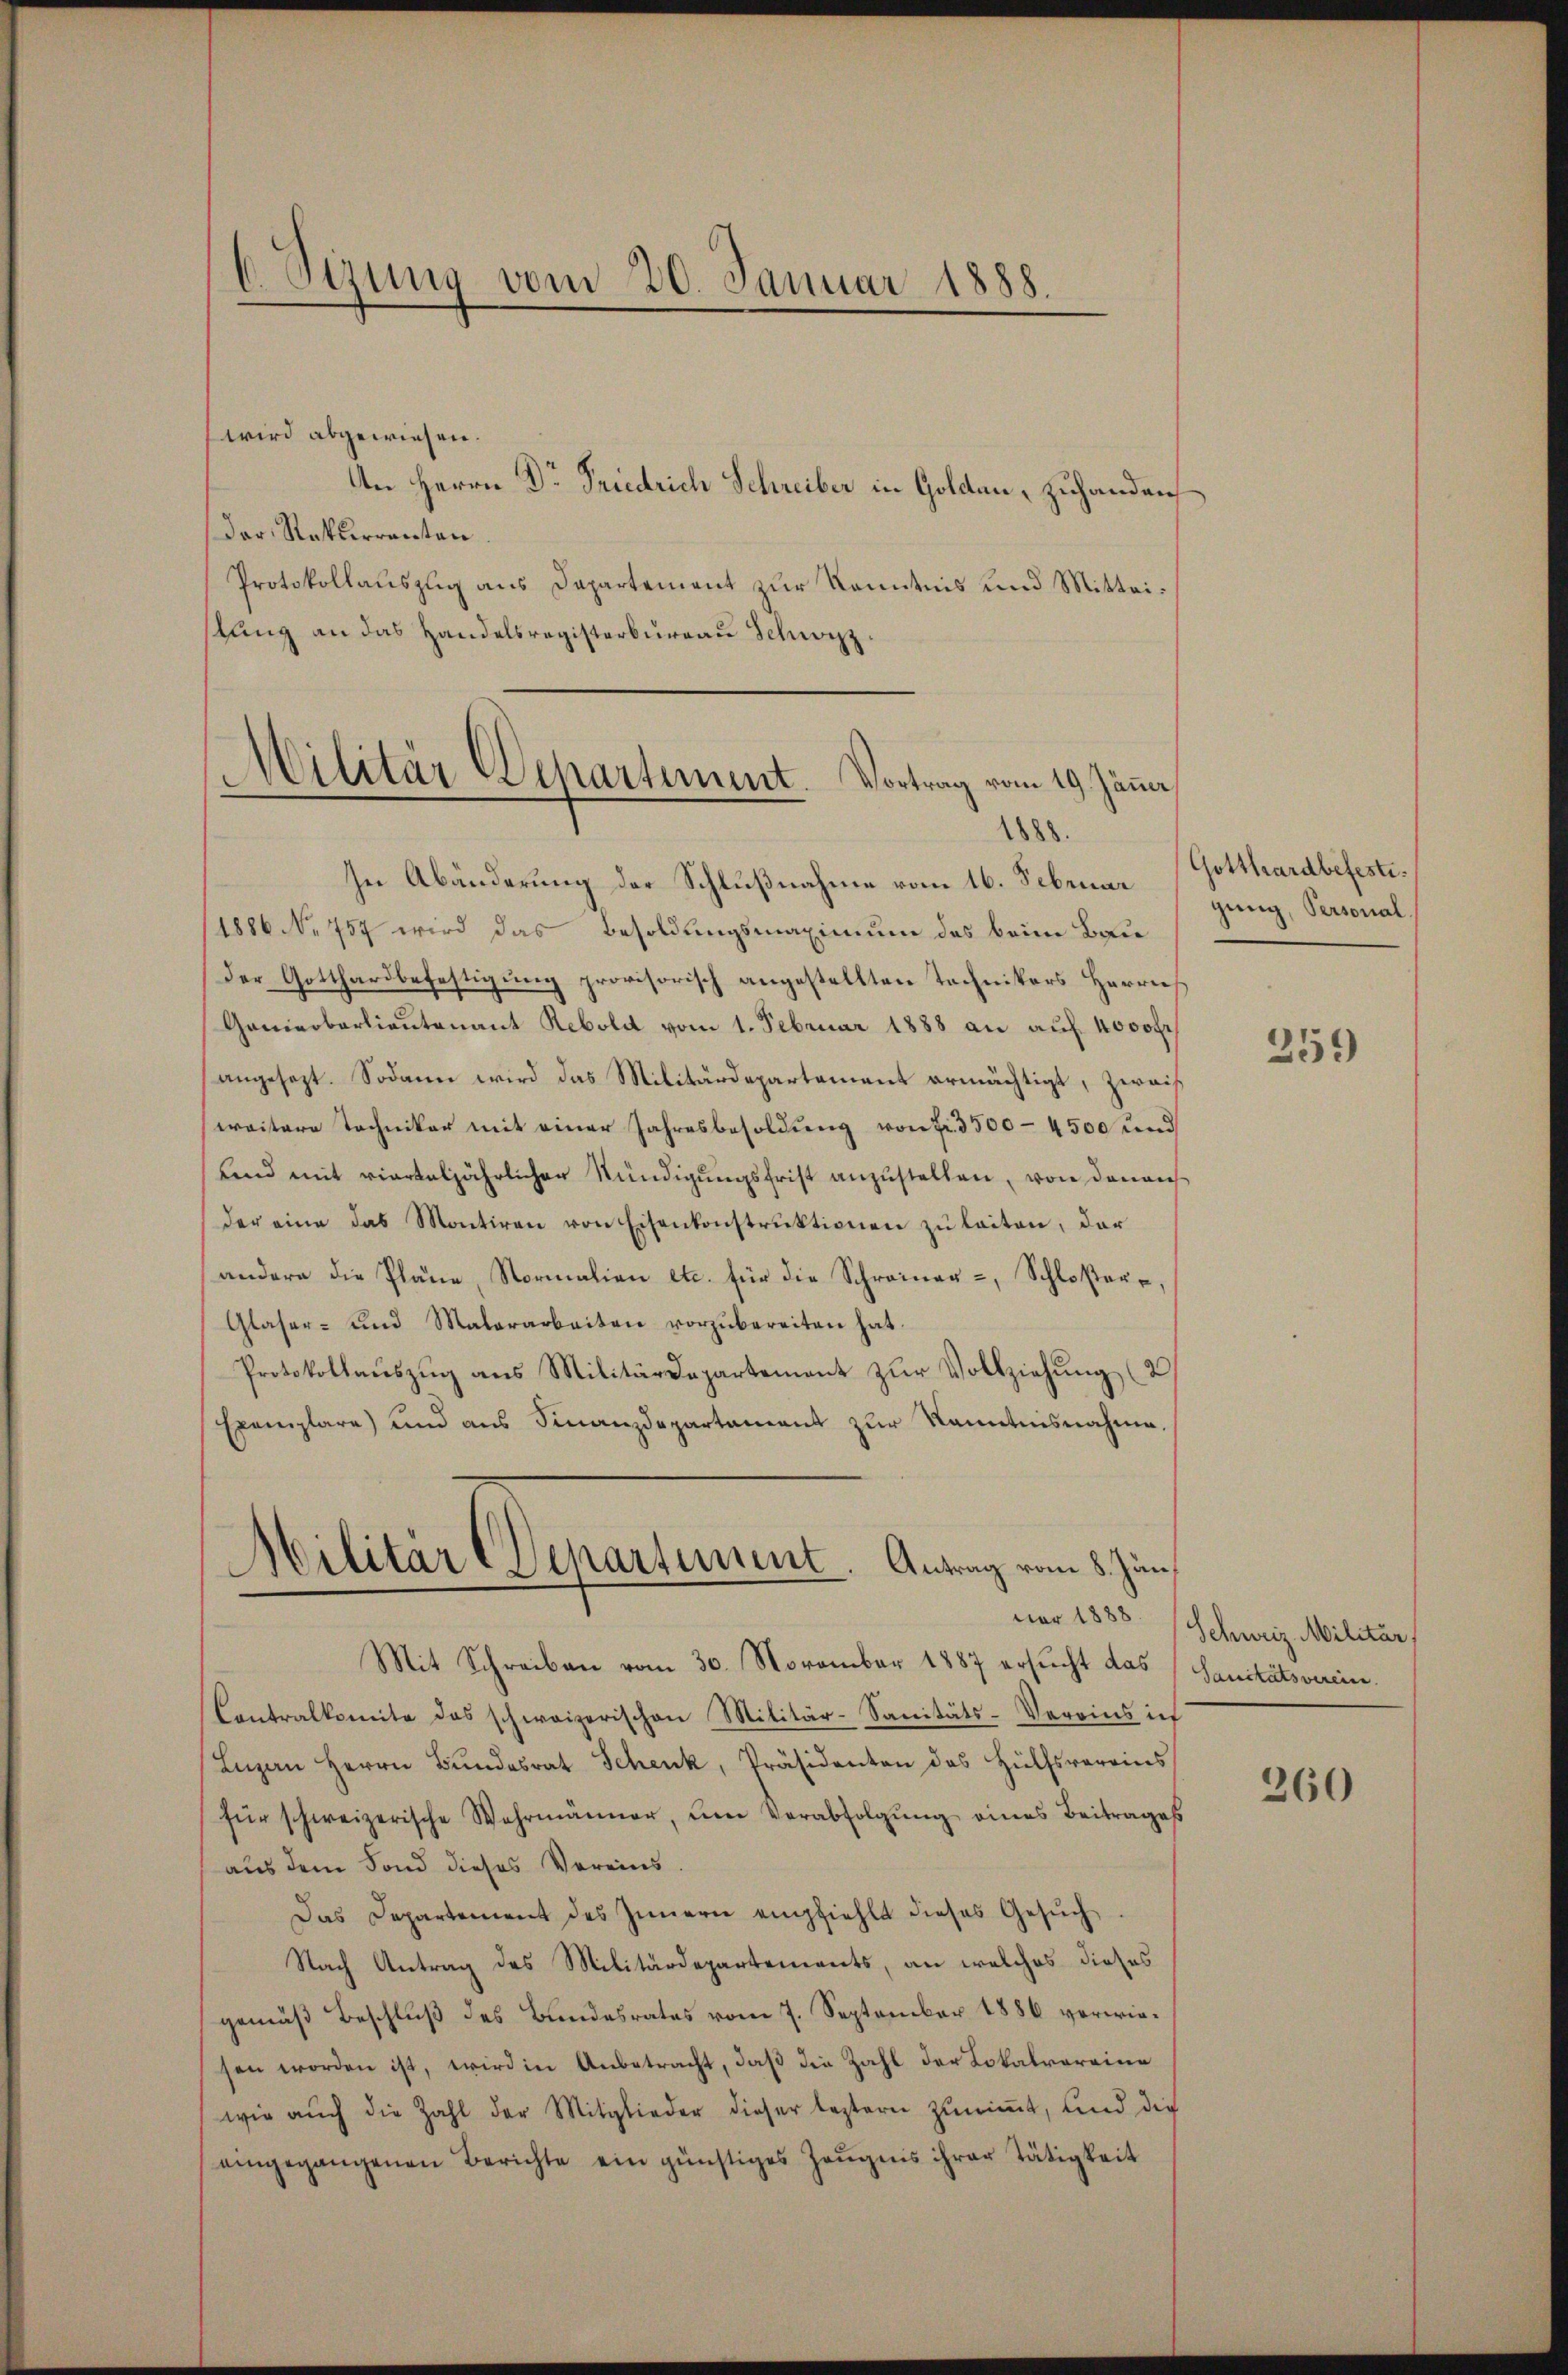
E Syung vom 20. Januar 1888.

wird abgewiesen.
An Herrn Dr. Friedrich Schreiber in Goldau, zuhanden
Der Rekurrenten.
Protokollauszug aus Departement zur Kenntnis und Mitteitung an das Handelsregisterbureau Schwyz

Militär Departement. Vortrag vom 19. Jänner,
1888.

In Abänderung der Schlußnahme vom 16. Februar Gotthardbefesti¬
1886 No 757 wird das Besoldungsmaximum des beim Bau
Der Gotthardbefestigung provisorisch angestellten Technikers Herrn
Ganierbarlieutenant Rebold vom 1. Februar 1888 an auf 4000 fr
angesezt. Sodann wird das Militärdepartement ermächtigt, zwais
weitere Techniker mit einer Jahresbesoldung von Fr. 3500 - 4500 und
und mit vierteljährlicher Kündigungsfrist anzustellen, von daraus
der eine das Montiren von Eisenkonstruktionen zu leiten, der
(andern die Pläne, Normalien etc. für die Schreiner - Schlößere,
Glaser- und Malerarbeiten vorzŭbereiten hat.
Protokollaŭszŭg ans Militärdepartement zŭr Vollziehŭng (2
Exemplare) und aus Finanzdepartament zur Kenntnisnahme.

Militär (Departement. Antrag vom 8. Jun¬

Mit Schreiben vom 30. November 1887 ersucht das
Contralkomite das schweizerischen Militär-Sanitäts-Vereins inf
Lŭzan Herrn Bŭndesrat Schenk, Präsidenten des Hülfsvereins
für schweizerische Wahrmänner, ŭm Verabfolgŭng eines Beitrages
aus dem Fond dieses Vereins¬
Das Departement des Innern empfiehlt dieses Gesuch
Nach Antrag des Militärdepartements, an welches dieses
gemäß Beschluß des Bundesrates vom 7. September 1886 verwiesen worden ist, wird in Anbetracht, daß die Zahl der Lokalvereine
wie aŭch die Zahl der Mitglieder dieser leztern zunimmt, und die
eingegangenen Berichte ein günstiges Zeugnis ihrer Tätigkeit

gung, Personal

259

ner 1883 (Schweiz. Militär
Sanitätsvereien.

260